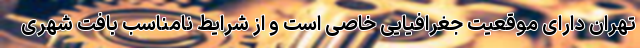
تهران دارای موقعیت جغرافیایی خاصی است و از شرایط نامناسب بافت شهری